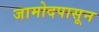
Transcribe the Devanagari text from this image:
जामोदपासून